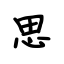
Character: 思